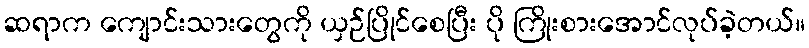
ဆရာက ကျောင်းသားတွေကို ယှဉ်ပြိုင်စေပြီး ပို ကြိုးစားအောင်လုပ်ခဲ့တယ်။